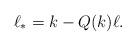
LaTeX: \begin{align*}\ell_* = k - Q(k) \ell.\end{align*}